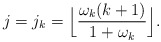
\begin{align*}j = j_k = \Big\lfloor \frac{\omega_k (k+1)}{1+\omega_k} \Big\rfloor.\end{align*}